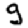
Digit: 9